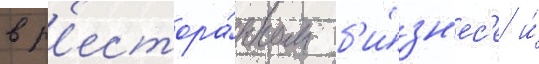
в р'естора́нном б'и́зн'ес'е и́